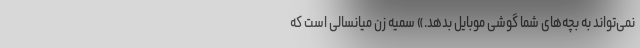
نمی‌تواند به بچه‌های شما گوشی موبایل بدهد.» سمیه زن میانسالی است که